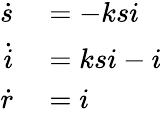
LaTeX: \begin{array}{rl}{\dot{s}}&{{}=-ksi}\\ {\dot{i}}&{{}=ksi-i}\\ {\dot{r}}&{{}=i}\end{array}